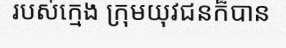
របស់ក្មេង ក្រុមយុវជនក៏បាន